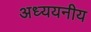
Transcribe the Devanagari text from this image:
अध्ययनीय